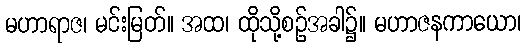
မဟာရာဇ၊ မင်းမြတ်။ အထ၊ ထိုသို့စဉ်အခါ၌။ မဟာဇနကာယော၊